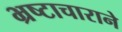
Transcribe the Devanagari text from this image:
भ्रष्टाचाराने